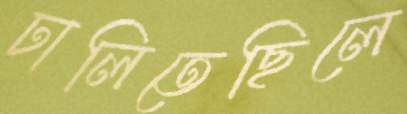
ঢালিতেছিলে